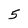
Character: 5